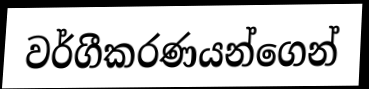
වර්ගීකරණයන්ගෙන්